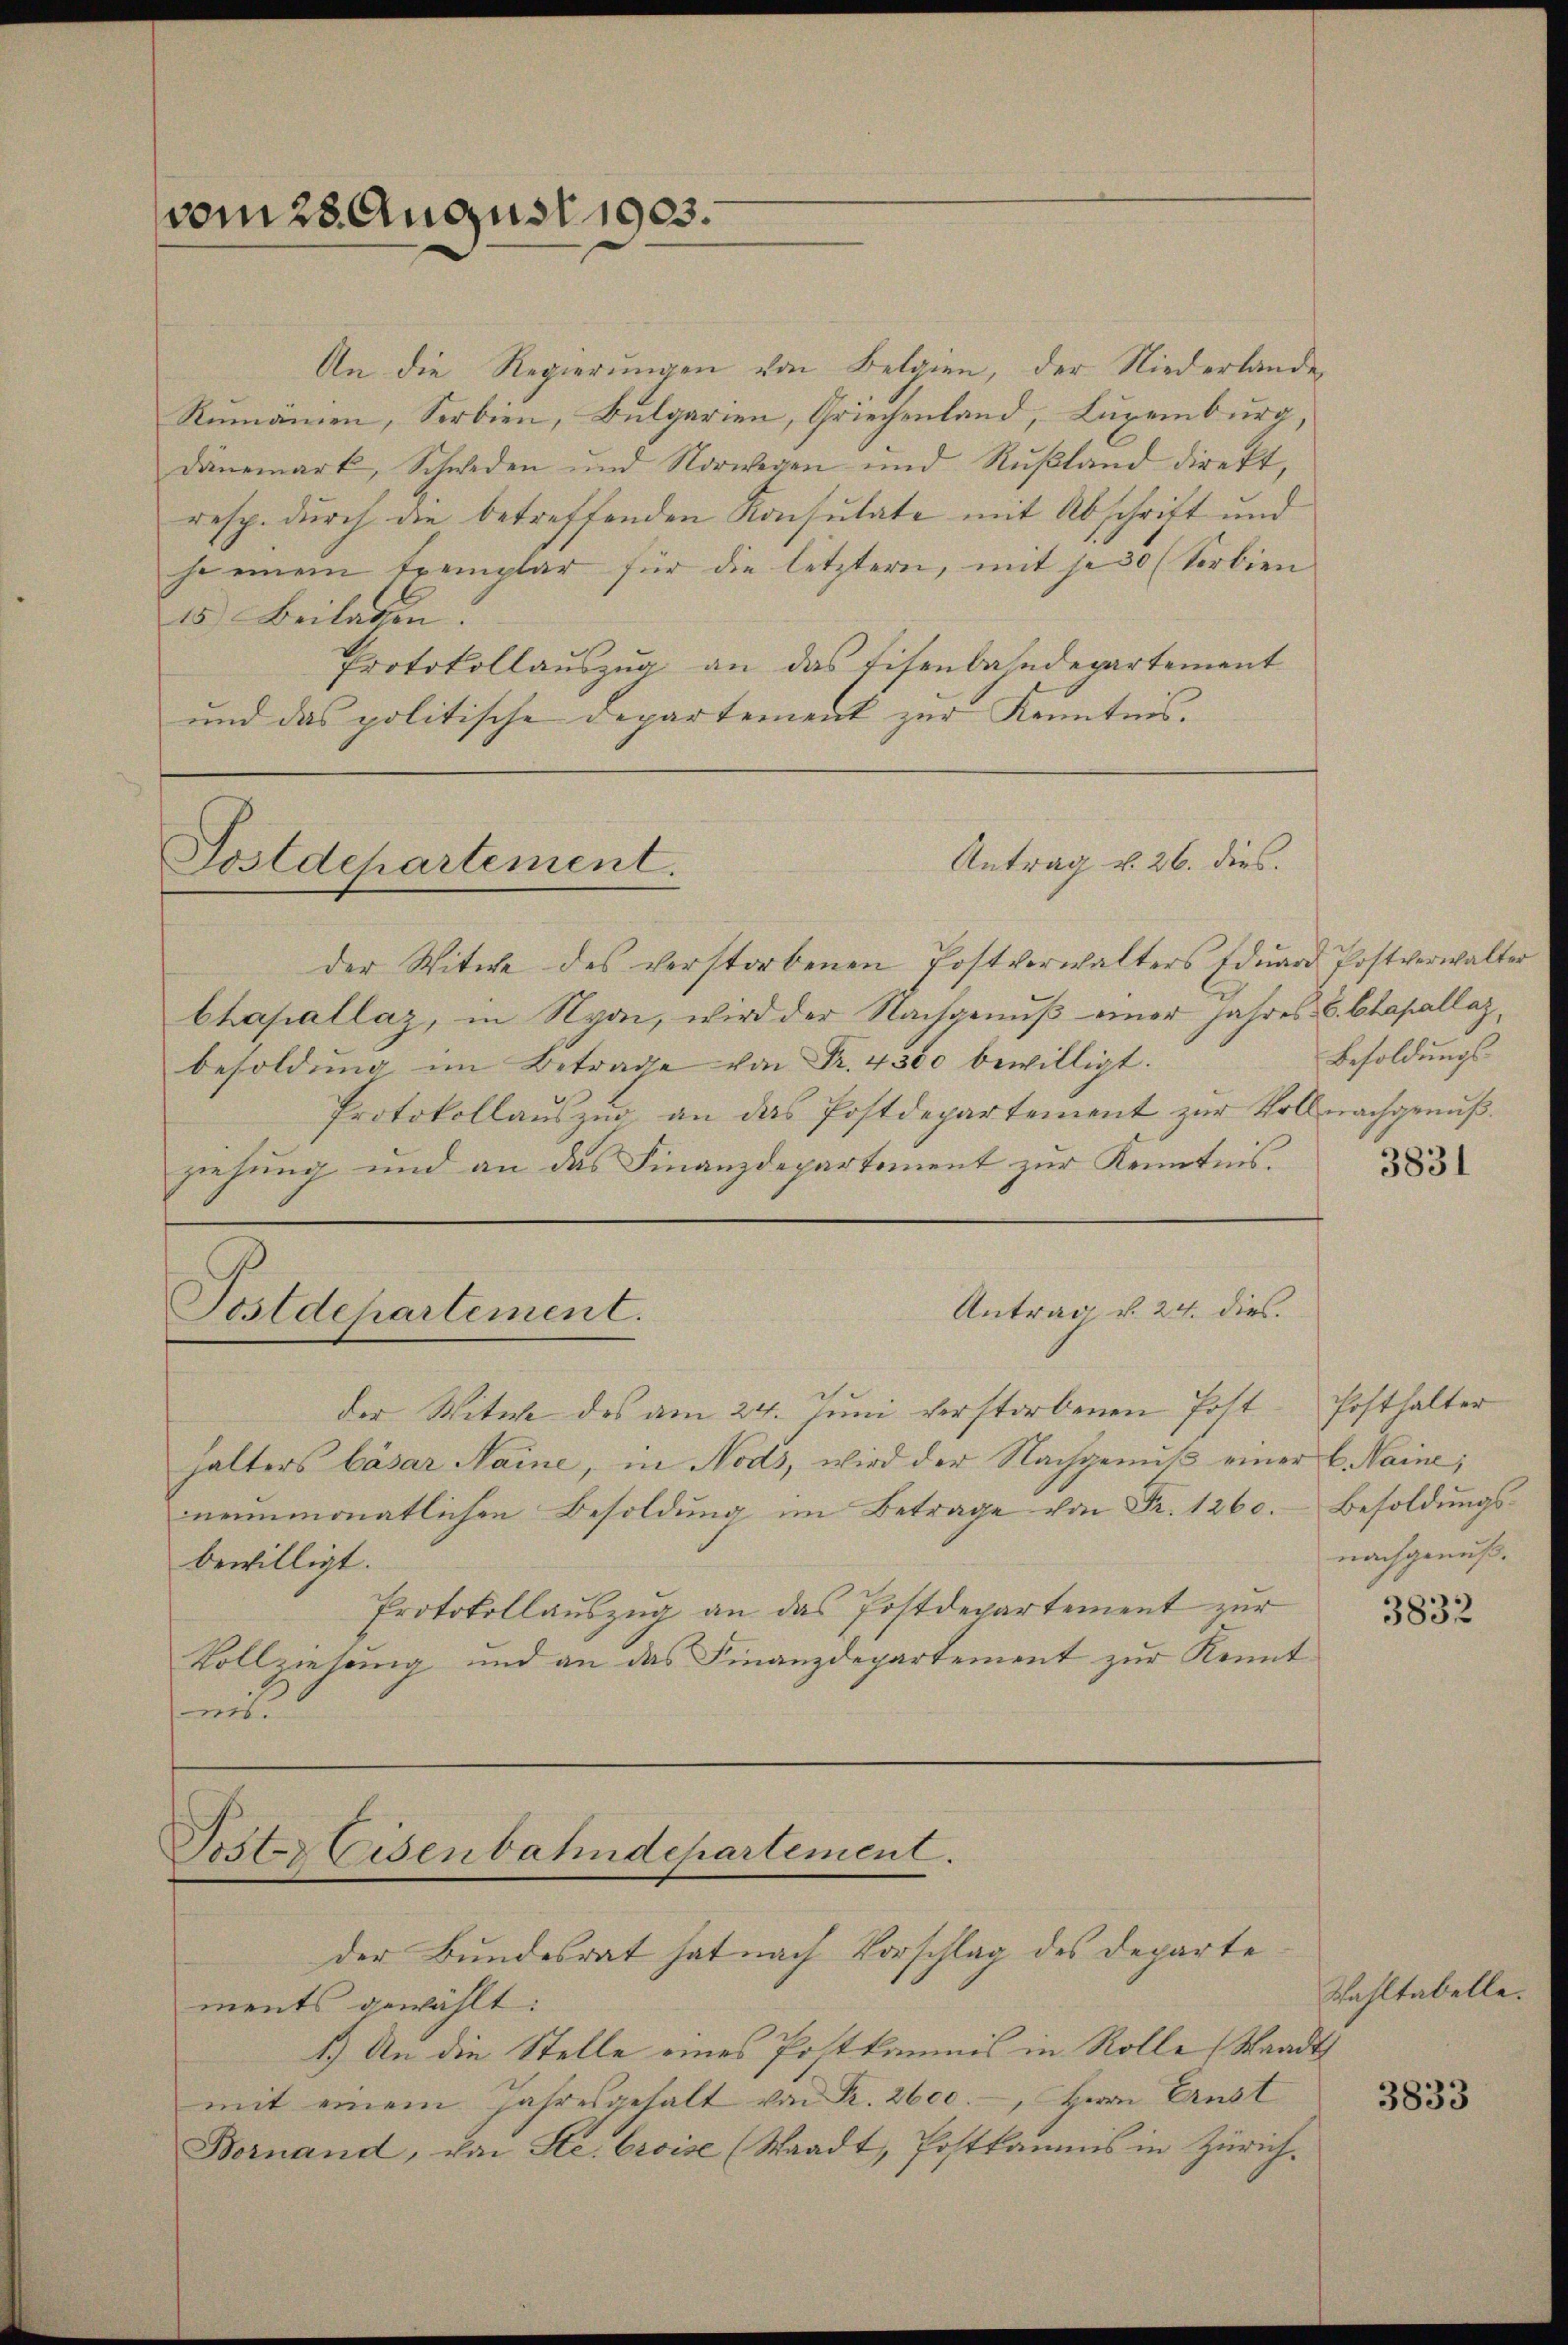
vom 28. August 1903.

An die Regierungen von Belgien, der Niederlande
Remannen, Serbien, Bulgarien, Griechenland, Luxenburg,
Dänemark, Schweden und Norwegen und Rußland direkt,
resp. durch die betreffenden Konsulate mit Abschrift und
so einem Exemplar für die letztern, mit je 30 (Serbien
15) Beilagen.
Protokollauszug an das Eisenbahndepartement
und das politische Departement zur Kenntnis.

Postdepartement.

der Witwe des verstorbenen Postverwalters Eduard Postverwalter
Chapellaz, in Nyon, wird der Nachgenuß einer Jahres C. Clasallazbesoldŭng im Betrage von Fr. 4300 bewilligt.
Protokollauszug an das Postdepartement zur Voll nachgenußziehung und an das Finanzdepartement zur Kenntnis.

Postdepartement.

der Witt des am 24. Juni verstorbenen Post
halters Cäsar Naine, in Nods, wird der Nachgenuß einer C. Haine,
neŭnmonatlichen Besoldŭng im Betrage von Fr. 1260. Besoldŭngs-
bewilligt.
Protokollauszug an das Postdepartement zur
Vollziehung und an das Finanzdepartement zur Kennt
t

Antrag u. 26. dies.

Antrag v. 24. dies

Poster Eisenbahndepartement.
der Bundesrat hat nach Vorschlag des Departe

ments gewählt:
1.) An die Stelle eines Postkommis in Rolle (Staadt
mit einem Jahresgehalt von R. 2600.-, Herrn Ernst
Bornand, von Se. Croise (Staadt, Postkamnis in Zürich.

Besoldungs¬

3831

Posthalter
nachgenuß.

3832

Wahltabelle.
3833